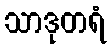
သာဒုတရံ